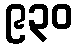
၉၃၀